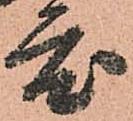
度